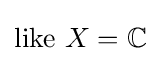
{\text{like }}X=\mathbb {C}